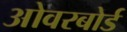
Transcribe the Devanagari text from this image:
ओवरबोर्ड